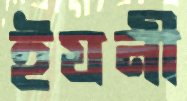
ইযনী